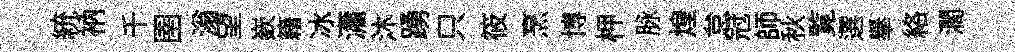
統衲千圉滃望嶔籍冰瀟沐踴只筱烹博柙脉煌怠冠師秋覧選𦦙絡濶